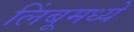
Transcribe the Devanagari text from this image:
लिंबूमध्ये